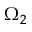
\Omega _ { 2 }